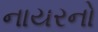
નાયરનો